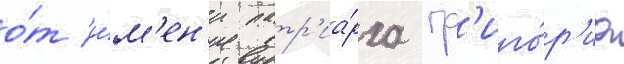
о́т и́м'ен'и патр'иа́рха гр'иго́р'иа